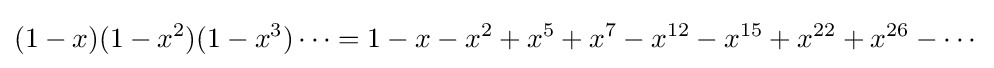
(1-x)(1-x^{2})(1-x^{3})\cdots =1-x-x^{2}+x^{5}+x^{7}-x^{12}-x^{15}+x^{22}+x^{26}-\cdots